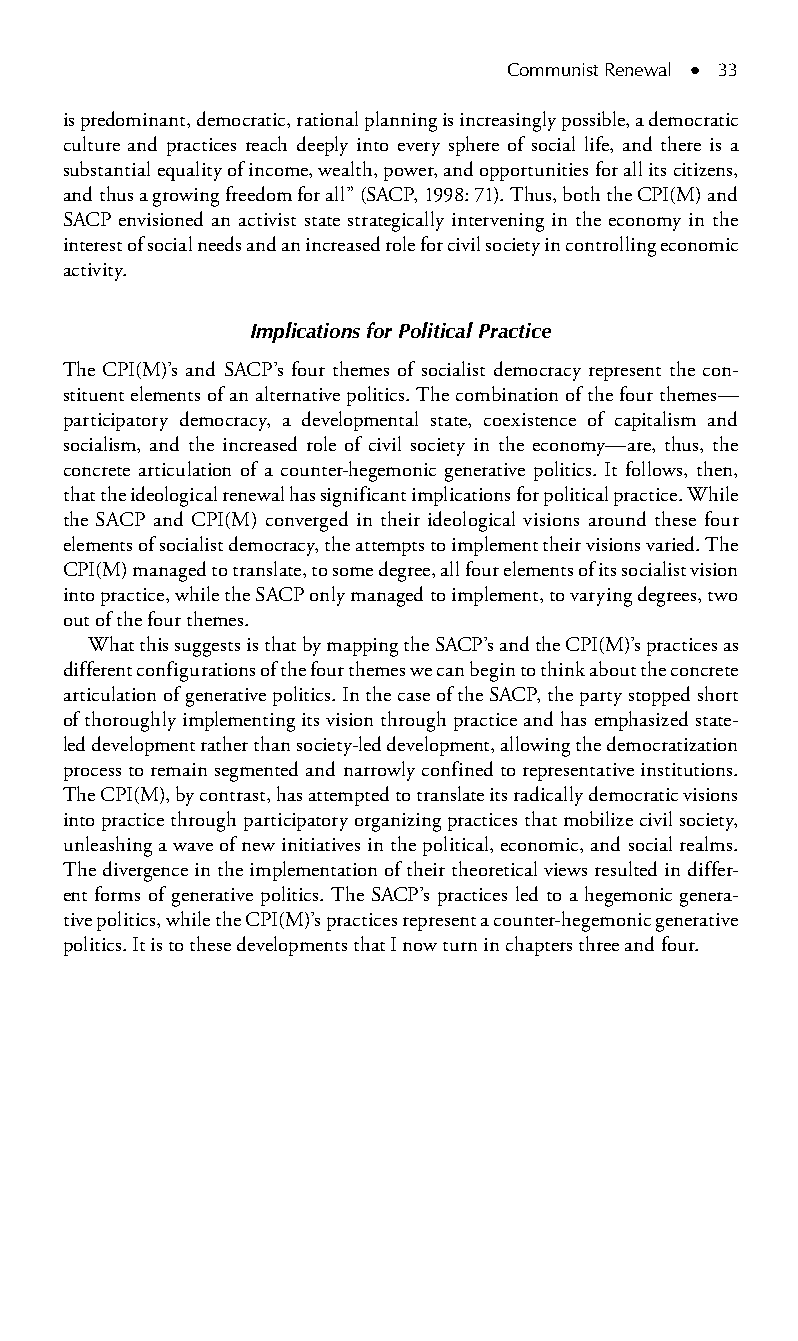
Communist Renewal ● 33
 is predominant, democratic, rational planning is increasingly possible, a democratic
 culture and practices reach deeply into every sphere of social life, and there is a
 substantial equality of income, wealth, power, and opportunities for all its citizens,
 and thus a growing freedom for all” (SACP, 1998: 71). Thus, both the CPI(M) and
 SACP envisioned an activist state strategically intervening in the economy in the
 interest of social needs and an increased role for civil society in controlling economic
 activity.
 Implications for Political Practice
 The CPI(M)’s and SACP’s four themes of socialist democracy represent the con-
 stituent elements of an alternative politics. The combination of the four themes—
 participatory democracy, a developmental state, coexistence of capitalism and
 socialism, and the increased role of civil society in the economy—are, thus, the
 concrete articulation of a counter-hegemonic generative politics. It follows, then,
 that the ideological renewal has significant implications for political practice. While
 the SACP and CPI(M) converged in their ideological visions around these four
 elements of socialist democracy, the attempts to implement their visions varied. The
 CPI(M) managed to translate, to some degree, all four elements of its socialist vision
 into practice, while the SACP only managed to implement, to varying degrees, two
 out of the four themes.
 What this suggests is that by mapping the SACP’s and the CPI(M)’s practices as
 different configurations of the four themes we can begin to think about the concrete
 articulation of generative politics. In the case of the SACP, the party stopped short
 of thoroughly implementing its vision through practice and has emphasized state-
 led development rather than society-led development, allowing the democratization
 process to remain segmented and narrowly confined to representative institutions.
 The CPI(M), by contrast, has attempted to translate its radically democratic visions
 into practice through participatory organizing practices that mobilize civil society,
 unleashing a wave of new initiatives in the political, economic, and social realms.
 The divergence in the implementation of their theoretical views resulted in differ-
 ent forms of generative politics. The SACP’s practices led to a hegemonic genera-
 tive politics, while the CPI(M)’s practices represent a counter-hegemonic generative
 politics. It is to these developments that I now turn in chapters three and four.
 99778800223300660066440011ttss0044..iinndddd 3333 33//2255//22000088 99::1177::2255 AAMM